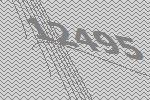
12495